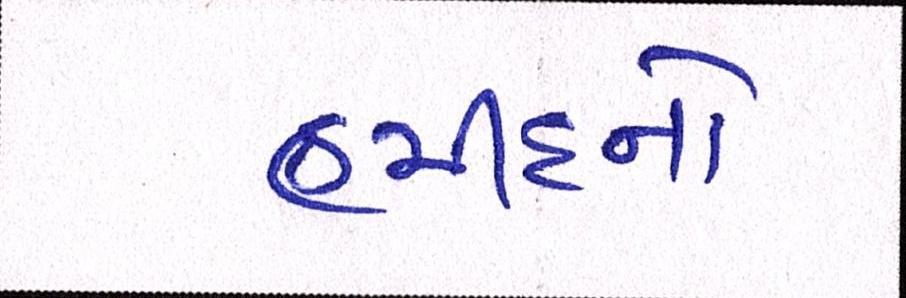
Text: હમીદનો